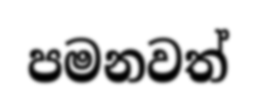
පමනවත්